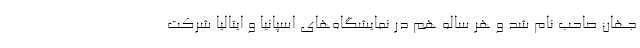
جهان صاحب نام شد و هر ساله هم در نمایشگاه‌های اسپانیا و ایتالیا شرکت